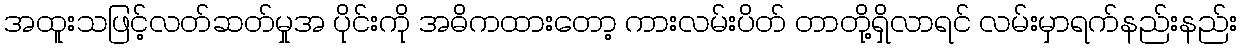
အထူးသဖြင့်လတ်ဆတ်မှုအ ပိုင်းကို အဓိကထားတော့ ကားလမ်းပိတ် တာတို့ရှိလာရင် လမ်းမှာရက်နည်းနည်း